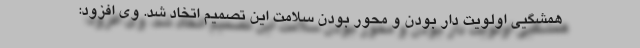
همشگیی اولویت دار بودن و محور بودن سلامت این تصمیم اتخاد شد. وی افزود: